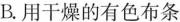
B.用干燥的有色布条